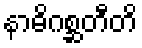
နာဓိဂစ္ဆတီတိ